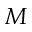
M